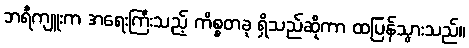
ဘရီကျူးက အရေးကြီးသည့် ကိစ္စတခု ရှိသည်ဆိုကာ ထပြန်သွားသည်။